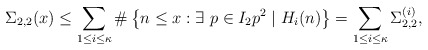
\begin{align*}\Sigma_{2,2}(x)&\leq \sum_{\substack{1\leq i\leq \kappa}}\#\left\{n\leq x: \exists~p\in I_2 p^2\mid H_i(n)\right\}=\sum_{1\leq i\leq \kappa} \Sigma_{2,2}^{(i)},\end{align*}